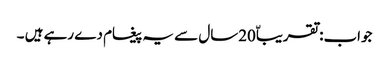
جواب:تقریباّ20سال سے یہ پیغام دے رہے ہیں ۔